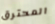
المحترق